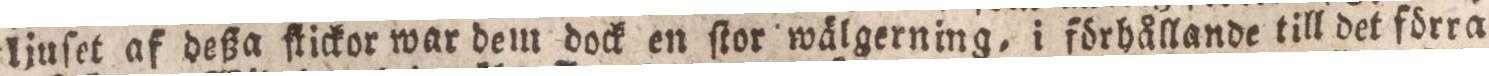
ljuſet af deßa ſtickor war dem dock en ſtor wälgerning, i förhållande till det förra